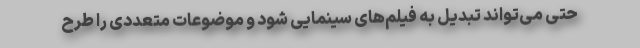
حتی می‌تواند تبدیل به فیلم‌های سینمایی شود و موضوعات متعددی را طرح